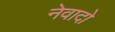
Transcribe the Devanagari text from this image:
नेवादो